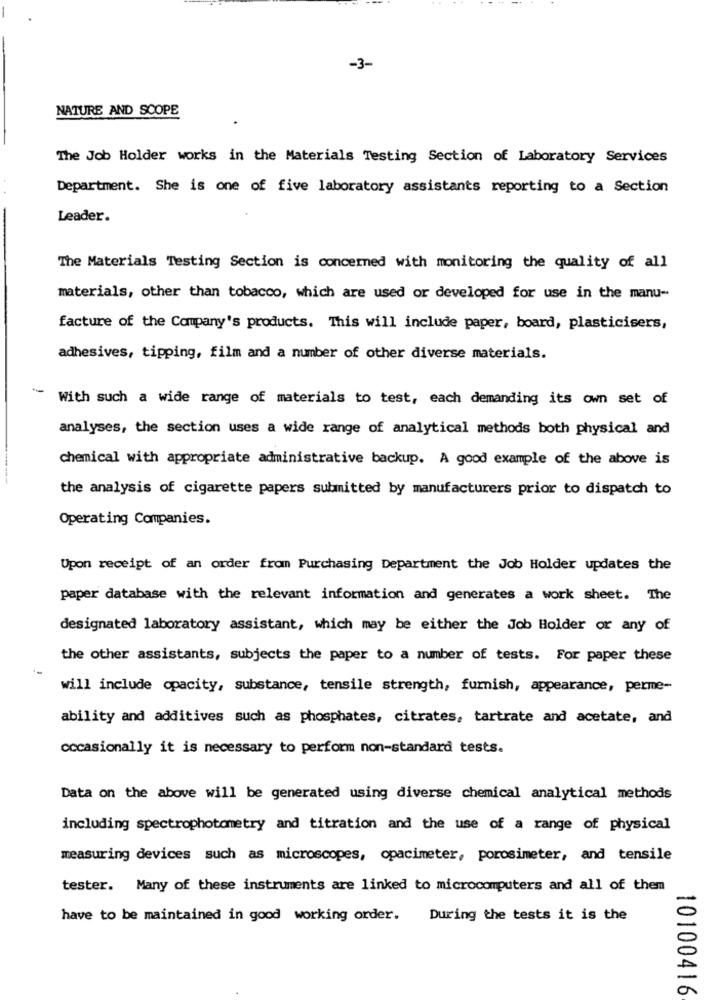
-3-
NATURE AND SCOPE
The Job Holder works in the Materials Testing Section of Laboratory Services
Department. She is one of five laboratory assistants reporting to a Section
Leader.
The Materials Testing Section is concerned with monitoring the quality of all
materials, other than tobacco, which are used or developed for use in the manu-
facture of the Company's products. This will include paper, board, plasticisers,
adhesives, tipping, film and a number of other diverse materials.
With such a wide range of materials to test, each demanding its own set of
analyses, the section uses a wide range of analytical methods both physical and
chemical with appropriate administrative backup. A good example of the above is
the analysis of cigarette papers submitted by manufacturers prior to dispatch to
Operating Companies.
Upon receipt of an order from Purchasing Department the Job Holder updates the
paper database with the relevant information and generates a work sheet. The
designated laboratory assistant, which may be either the Job Holder or any of
the other assistants, subjects the paper to a number of tests. For paper these
will include opacity, substance, tensile strength, furnish, appearance, perme-
ability and additives such as phosphates, citrates, tartrate and acetate, and
occasionally it is necessary to perform non-standard tests.
Data on the above will be generated using diverse chemical analytical methods
including spectrophotometry and titration and the use of a range of physical
measuring devices such as microscopes, opacimeter, porosimeter, and tensile
tester. Many of these instruments are linked to microcomputers and all of them
have to be maintained in good working order. During the tests it is the
10100416